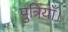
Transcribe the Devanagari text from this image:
पुत्रियाँ।